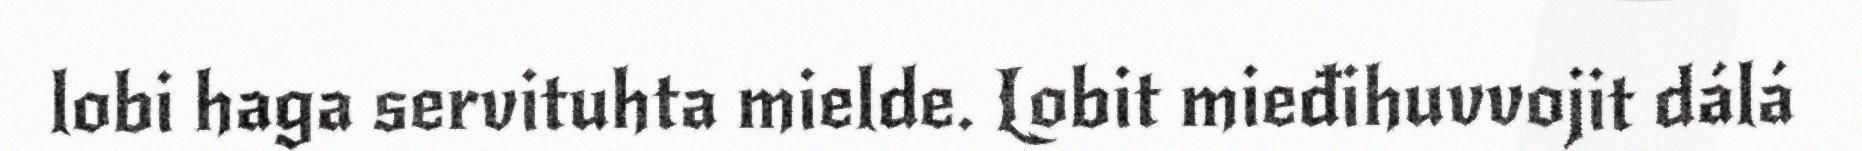
lobi haga servituhta mielde. Lobit mieđihuvvojit dálá